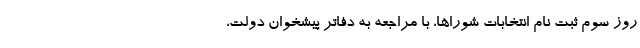
روز سوم ثبت نام انتخابات شوراها، با مراجعه به دفاتر پیشخوان دولت،